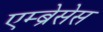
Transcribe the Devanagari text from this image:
एम्ब्रेसेस